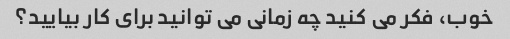
خوب، فکر می کنید چه زمانی می توانید برای کار بیایید؟